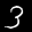
Label: 3